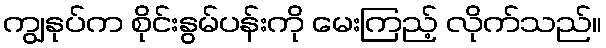
ကျွနုပ်က စိုင်းနွမ်ပန်းကို မေးကြည့် လိုက်သည်။